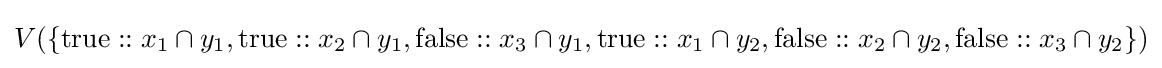
V(\{{\text{true}}::x_{1}\cap y_{1},{\text{true}}::x_{2}\cap y_{1},{\text{false}}::x_{3}\cap y_{1},{\text{true}}::x_{1}\cap y_{2},{\text{false}}::x_{2}\cap y_{2},{\text{false}}::x_{3}\cap y_{2}\})